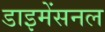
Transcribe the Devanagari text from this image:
डाइमेंसनल